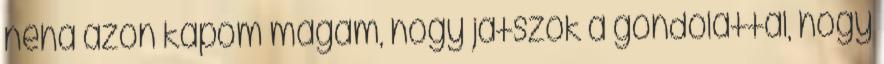
néha azon kapom magam, hogy játszok a gondolattal, hogy